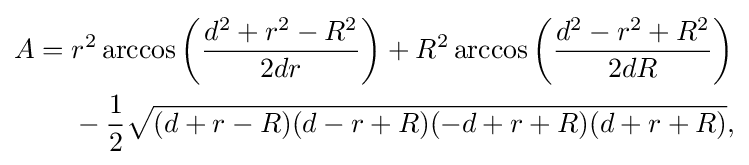
{\begin{aligned}A={}&r^{2}\arccos \left({\frac {d^{2}+r^{2}-R^{2}}{2dr}}\right)+R^{2}\arccos \left({\frac {d^{2}-r^{2}+R^{2}}{2dR}}\right)\\&{}-{\frac {1}{2}}{\sqrt {(d+r-R)(d-r+R)(-d+r+R)(d+r+R)}},\end{aligned}}